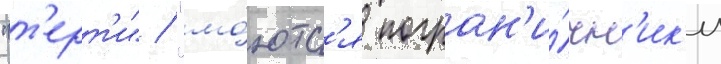
"т'ерт'и" / "мо́ютс'я погран'и́чн'ик'и